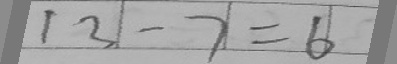
1 3 - 7 = 6